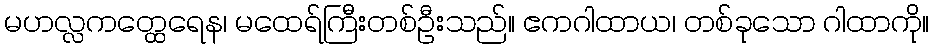
မဟလ္လကတ္ထေရေန၊ မထေရ်ကြီးတစ်ဦးသည်။ ဧကဂါထာယ၊ တစ်ခုသော ဂါထာကို။